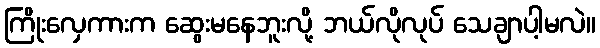
ကြိုးလှေကားက ဆွေးမနေဘူးလို့ ဘယ်လိုလုပ် သေချာပါ့မလဲ။